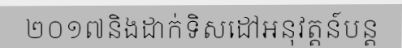
២០១៧និងដាក់ទិសដៅអនុវត្តន៍បន្ត